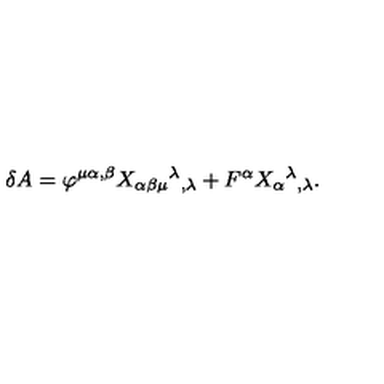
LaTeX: \delta A = \varphi ^ { \mu \alpha , \beta } X _ { \alpha \beta \mu } { } ^ { \lambda } { } _ { , \lambda } + F ^ { \alpha } X _ { \alpha } { } ^ { \lambda } { } _ { , \lambda } .